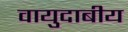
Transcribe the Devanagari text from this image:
वायुदाबीय